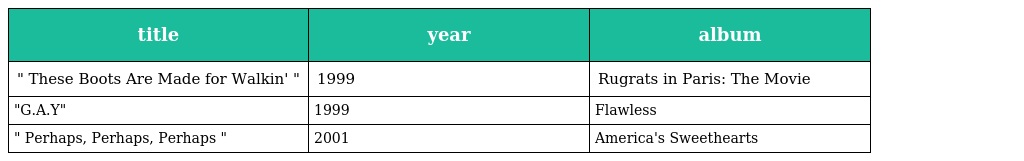
| title | year | album |
 | --- | --- | --- |
 | " These Boots Are Made for Walkin' " | 1999 | Rugrats in Paris: The Movie |
 | "G.A.Y" | 1999 | Flawless |
 | " Perhaps, Perhaps, Perhaps " | 2001 | America's Sweethearts |